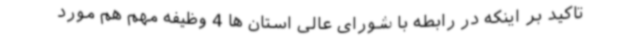
تاکید بر اینکه در رابطه با شورای عالی استان ها 4 وظیفه مهم هم مورد